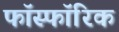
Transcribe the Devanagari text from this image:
फॉस्फॉरिक